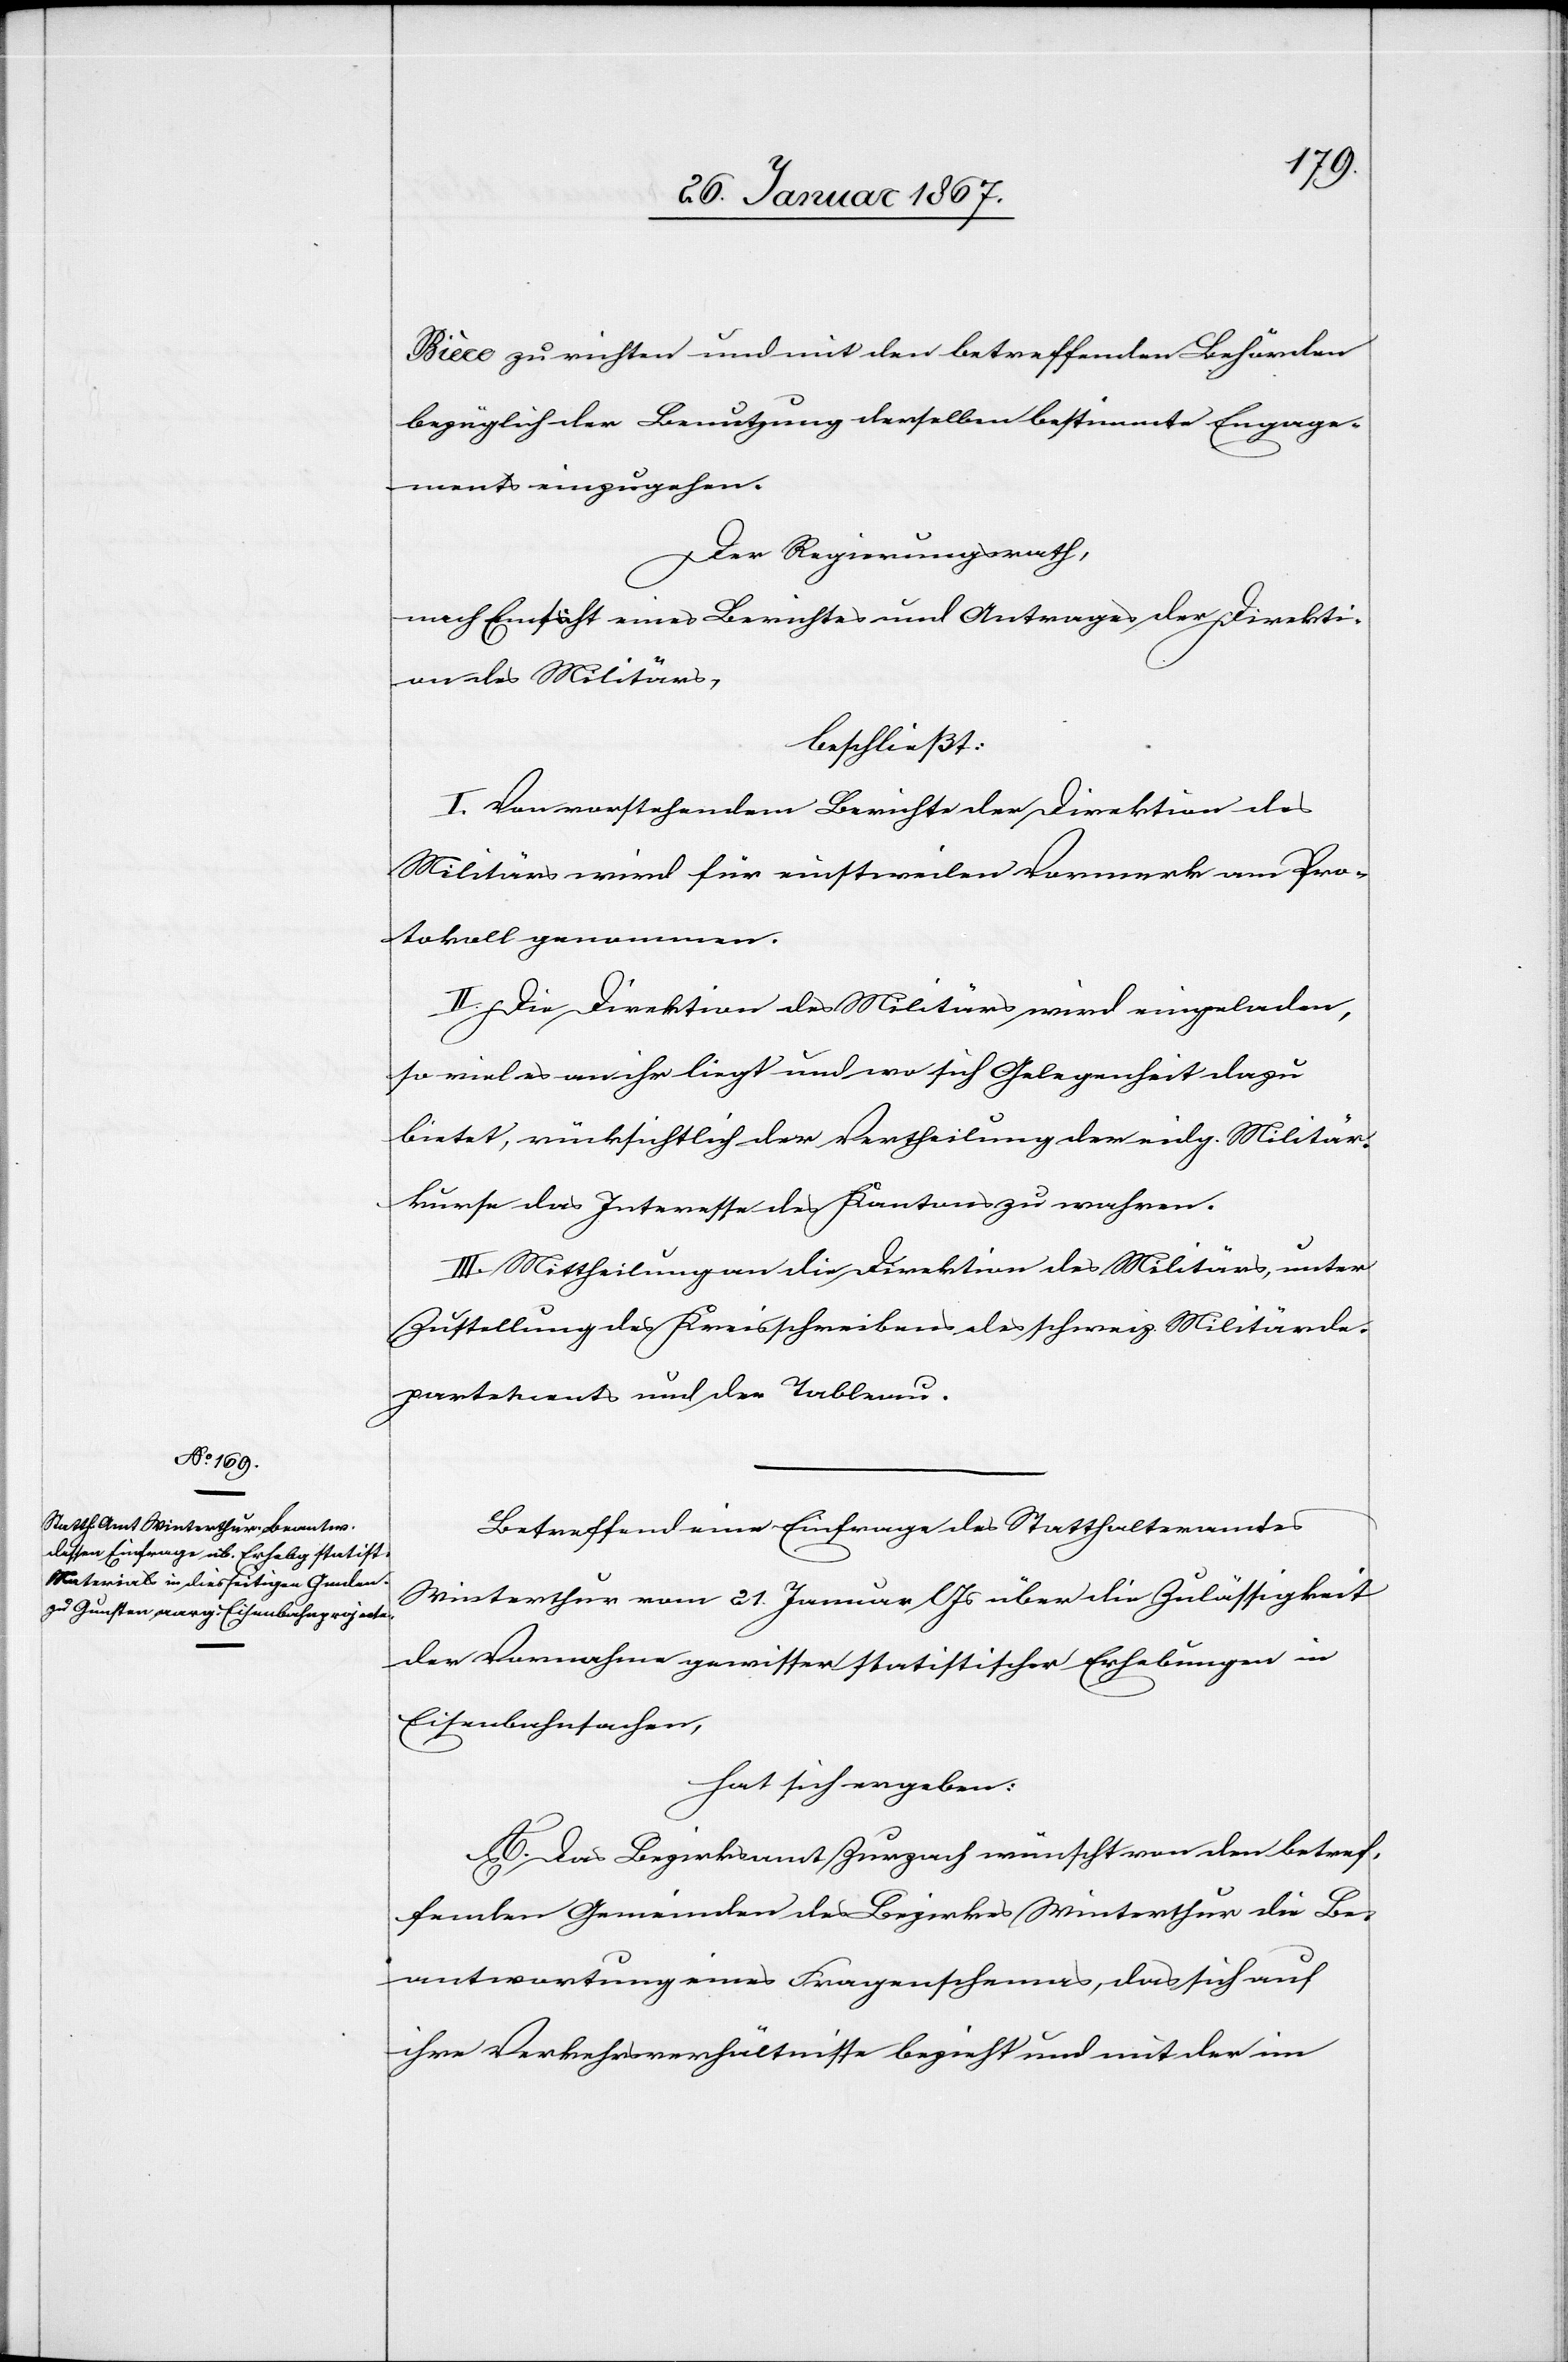
Bièce zu richten und mit den betreffenden Behörden
bezüglich der Benutzung derselben bestimmte Engage¬
ments einzugehen.
Der Regierungsrath,
des Militärs,
beschließt:
I. Von vorstehendem Bericht der Direktion des
Militärs wird für einstweilen Vormerk am Pro¬
tokoll genommen.
II. Die Direktion des Militärs wird eingeladen,
so viel es an ihr liegt und wo sich Gelegenheit dazu
bietet, rücksichtlich der Vertheilung der eidg. Militär¬
kurse das Interesse des Kantons zu wahren.
III. Mittheilung an die Direktion des Militärs, unter
Zustellung des Kreisschreibens des schweiz. Militärde¬
partements und der Tableau.
Betreffend eine Einfrage des Statthalteramtes
Winterthur vom 21. Januar l. Js über die Zulässigkeit
der Vornahme gewisser statistischer Erhebungen in
Eisenbahnsachen,
hat sich ergeben:
A. Das Bezirksamt Zurzach wünscht von den betref¬
fenden Gemeinden des Bezirks Winterthur die Be¬
antwortung eines Fragenschemas, das sich auf
ihre Verkehrsverhältnisse bezieht und mit der im